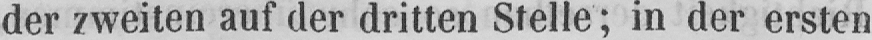
der zweiten auf der dritten Stelle; in der ersten